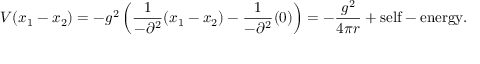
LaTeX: V ( x _ { 1 } - x _ { 2 } ) = - g ^ { 2 } \left( \frac { 1 } { - \partial ^ { 2 } } ( x _ { 1 } - x _ { 2 } ) - \frac { 1 } { - \partial ^ { 2 } } ( 0 ) \right) = - \frac { g ^ { 2 } } { 4 \pi r } + \mathrm { s e l f - e n e r g y } .